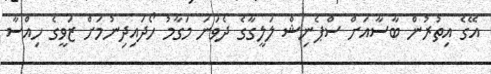
އޭގެ އިތުރުން ބާސާއަށް ސްޕެނިޝް ލަލީގާގެ ދެވަނަ މަގާމު ހޯދައިދިނުމަށް ޒަވީގެ ހިއްސާ